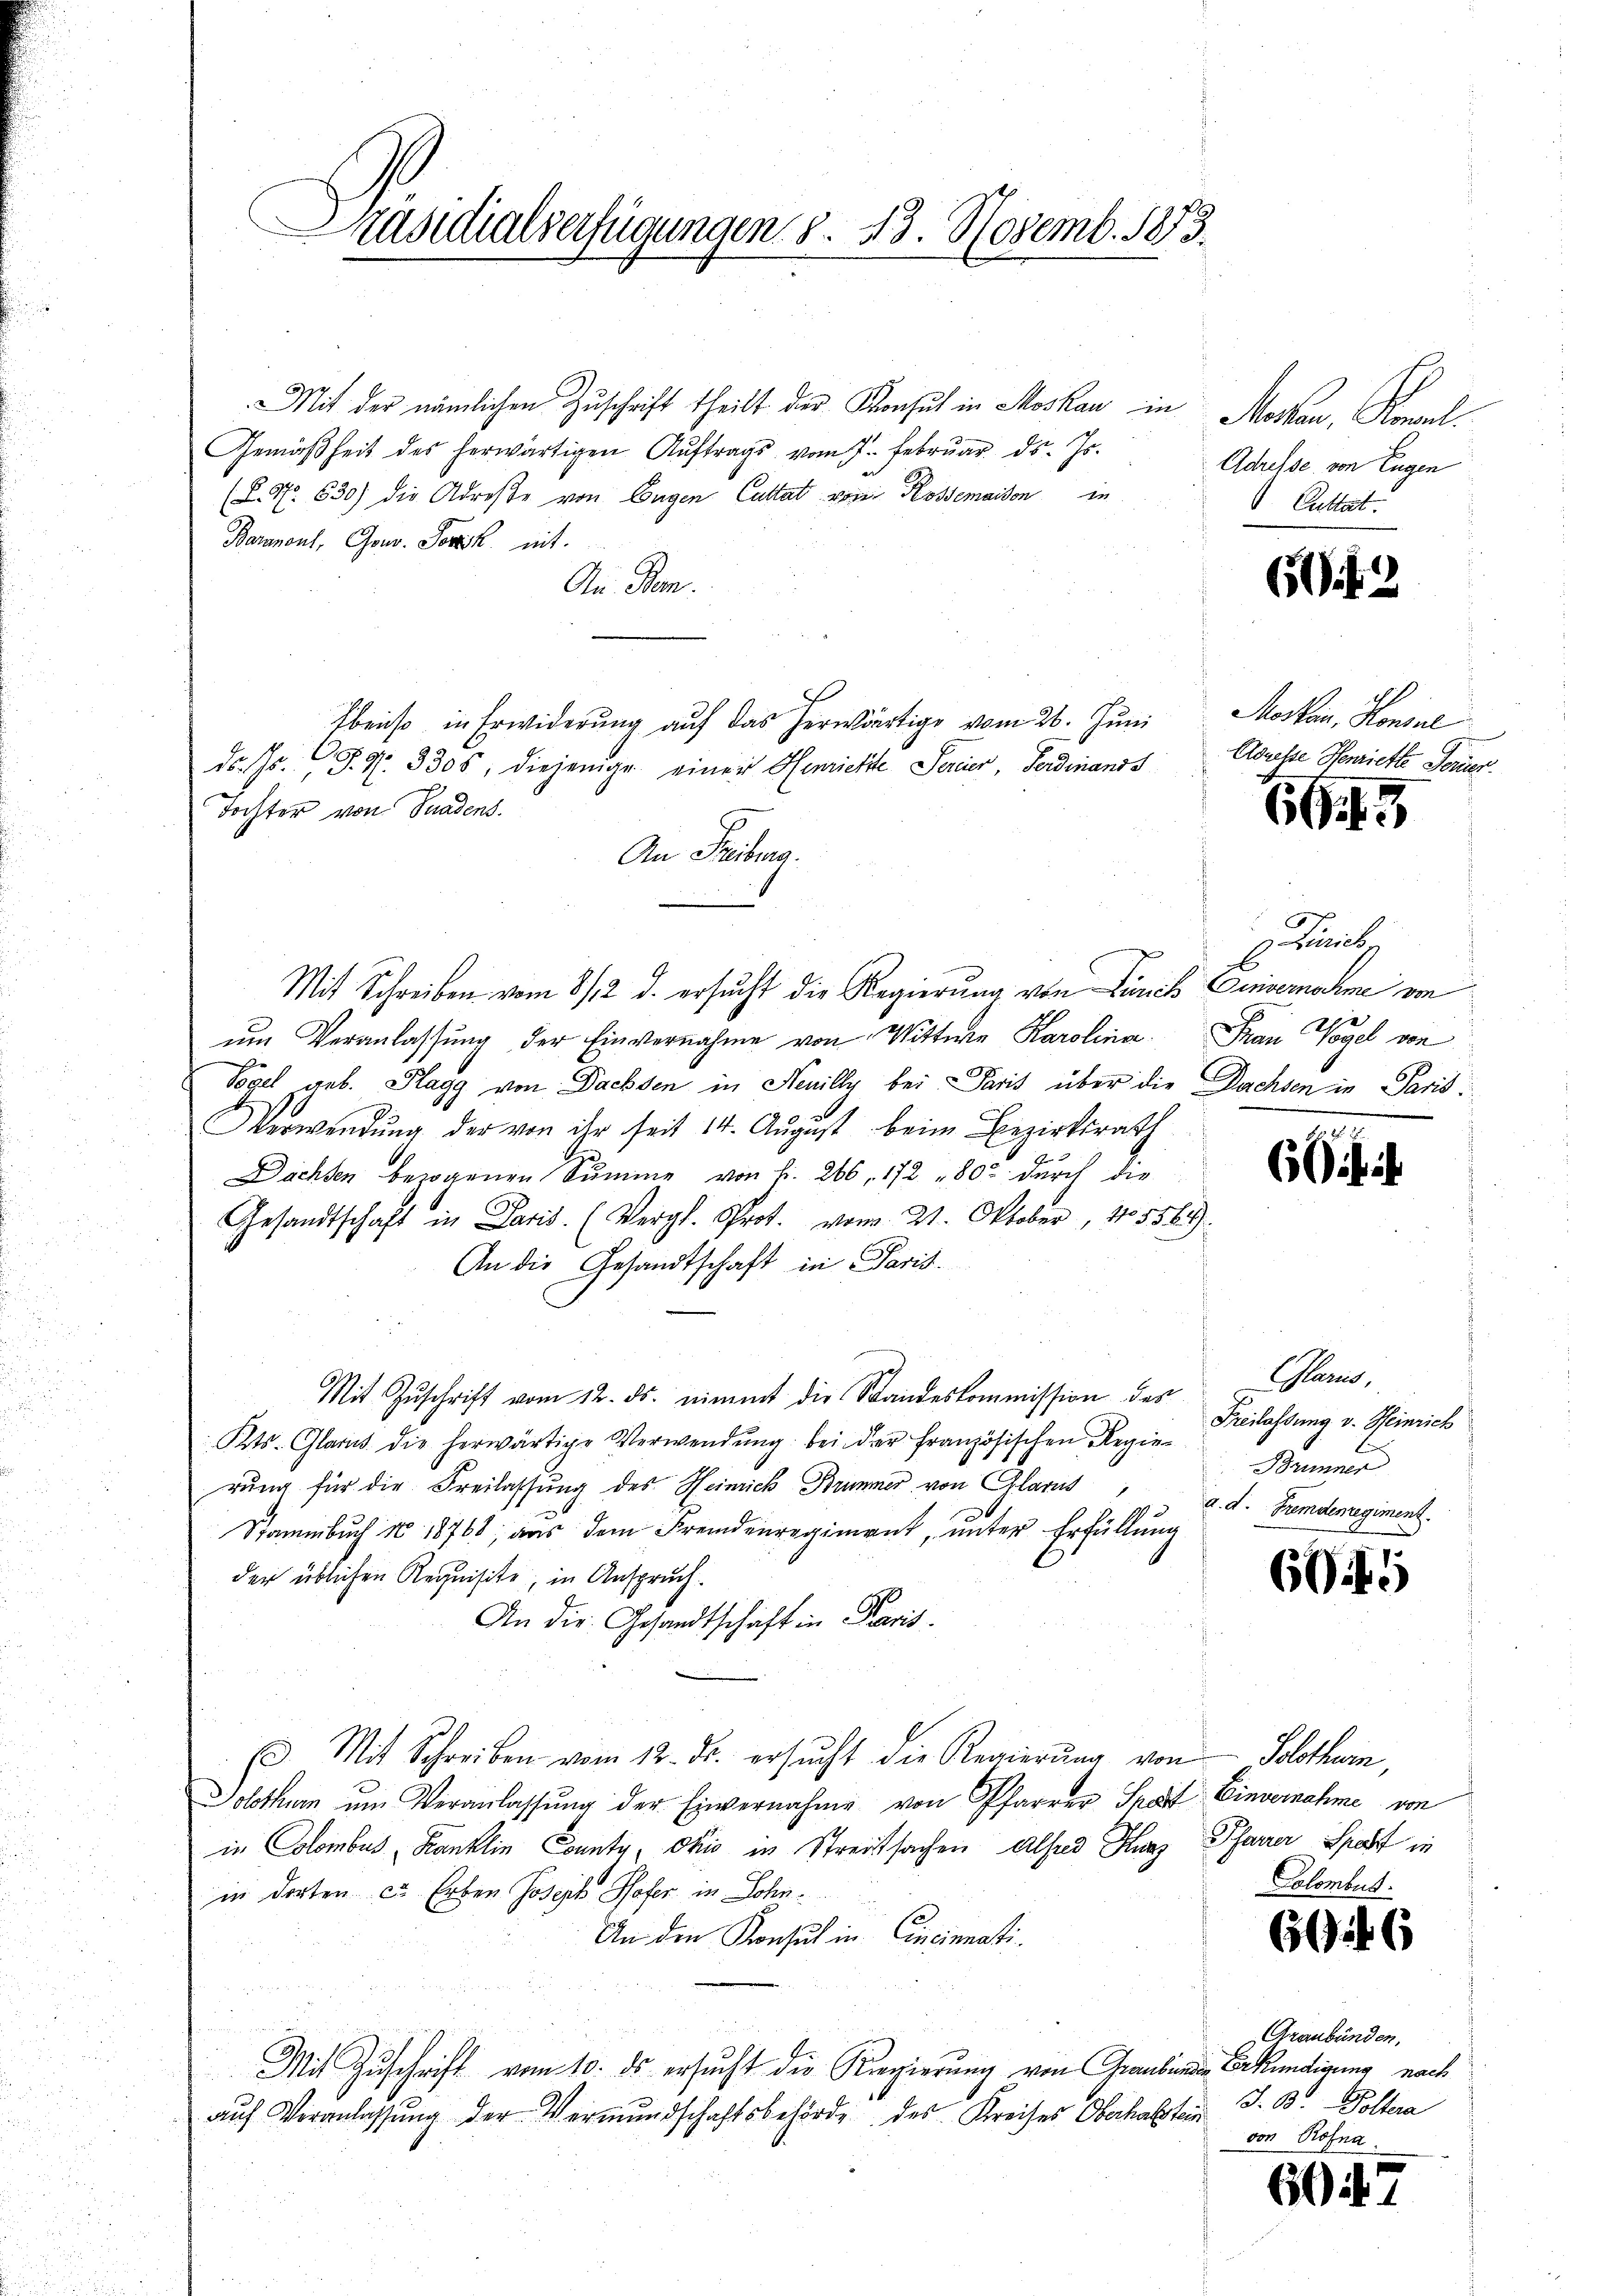
Präsidialverfügungen S. 23. Novemb. 1883.

Mit der nämlichen Zuschrift theilt der Konsul in Moskau in Moskau, Romanl
Gemäßheit des herwärtigen Aŭftrags vom 7. Februar d. Js.
(S. 97. 630) die Adreste von Eugen Cattat vom Rossemaison in
Baramont, Gouv. Jowik mit.
An Dom.
Ebenso in Erwiderung auf das herwärtige vom 26. Juni
ds. Hr. C. R. 3305, diejenige einen Henrichte Serier, Ferdinands
Tochter von Paadens.
An Freiburg.
Mit Schreiben vom 8/12. d. ersucht die Regierung von Zürich Einvernahme von
um Veranlassung der Einvernahme von Wittwe Karolina. Frau Vogel von
Vogel geb. Flagg von Dachsen in Neuilly bei Paris über die Dachsen in Paris
k.
Verwendŭng der von ihr seit 14. Aŭgŭst beim Bezirksrath
Dachsen bezogenen Summe von Fr. 266, 172. 802 dŭrch die
Gesandtschaft in Paris. (Vergl. Prot. vom 21. Oktober, 145564).
An die Gesandtschaft in Paris.
Mit Zŭschrift vom 12. ds. nimmt die Standeskommission des
Kts. Glarus die herwärtige Verwendung bei der Französischen Regierung für die Freilassung des Heinrich Brummer von Glarus
Stammbuch No 18768, aus dem Fremdenregiment, unter Erfüllung
der üblichen Requisite, in Anspruch.
An die Gesandtschaft in Paris.
E. Mit Schreiben vom 12. ds. ersŭcht die Regierŭng von Solothurn,
Solothurn um Veranlassŭng der Einvernahme von Pfarrer Spar- Einvernahme von
in Colombus, Banklin County, okić in Streitsachen Alfred Hunz Pfarrer Sport in
in dorten ca. Erben Joseph Hofer in Lohn
An den Konsul in Cincinati
Mit Zuschrift vom 10. ds. ersucht die Regierung von Graubünden Bekündigung nach
auf Veranlassung der Vermundschaftsbehörde des Kreises Oberhalstein

Adresse von Eugen
Cuttat.

6 f. 2

Mosten, Konial
Adarste Henriette Ferier.

6

Leibg

6il ih

Garan,
Freilassung v. Heinrich
Brunner
 d. d. Fremdenregiment.

6045

A

6

Graubünden,
J. B. - Poltera
von Rofna.

607

6